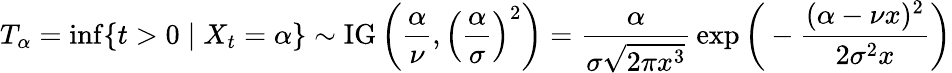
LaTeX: T_{\alpha}=\operatorname*{inf}\{ t>0\mid X_{t}=\alpha\} \sim\operatorname{IG}\left({\frac{\alpha}{\nu}},\left({\frac{\alpha}{\sigma}}\right)^{2}\right)={\frac{\alpha}{\sigma{\sqrt{2\pi x^{3}}}}}\exp{\biggl(}-{\frac{(\alpha-\nu x)^{2}}{2\sigma^{2}x}}{\biggr)}